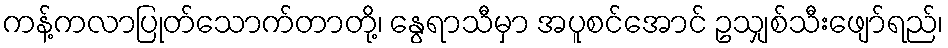
ကန့်ကလာပြုတ်သောက်တာတို့၊ နွေရာသီမှာ အပူစင်အောင် ဥသျှစ်သီးဖျော်ရည်၊